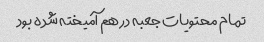
تمام محتویات جعبه در هم آمیخته شده بود